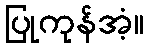
ပြုကုန်အံ့။